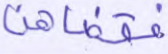
فقضاهن